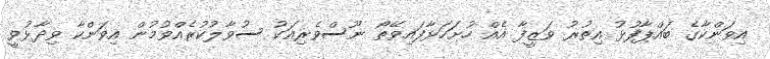
އިވަންކާގެ ބައްޕާފުޅު އިތުރު ވަޒީފާ އެއް ހުށަހަޅާފައިވޭތޯ ނޫސްވެރިއަކު ސުވާލުކުރެއްވުމުން އިވަންކާ ވިދާޅުވީ